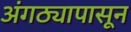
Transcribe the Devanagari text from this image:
अंगठ्यापासून